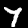
Digit: 7